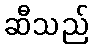
ဆီသည်